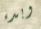
وبدء